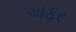
અફર